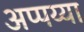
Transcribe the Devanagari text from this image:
अप्पय्या